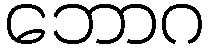
ဘောဂ